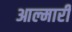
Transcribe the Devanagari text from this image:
आल्मारी